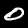
Label: 0